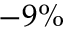
- 9 \%